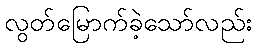
လွတ်မြောက်ခဲ့သော်လည်း